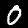
Label: 0